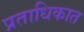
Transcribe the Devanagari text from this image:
प्रताधिकात